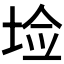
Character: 𰉱